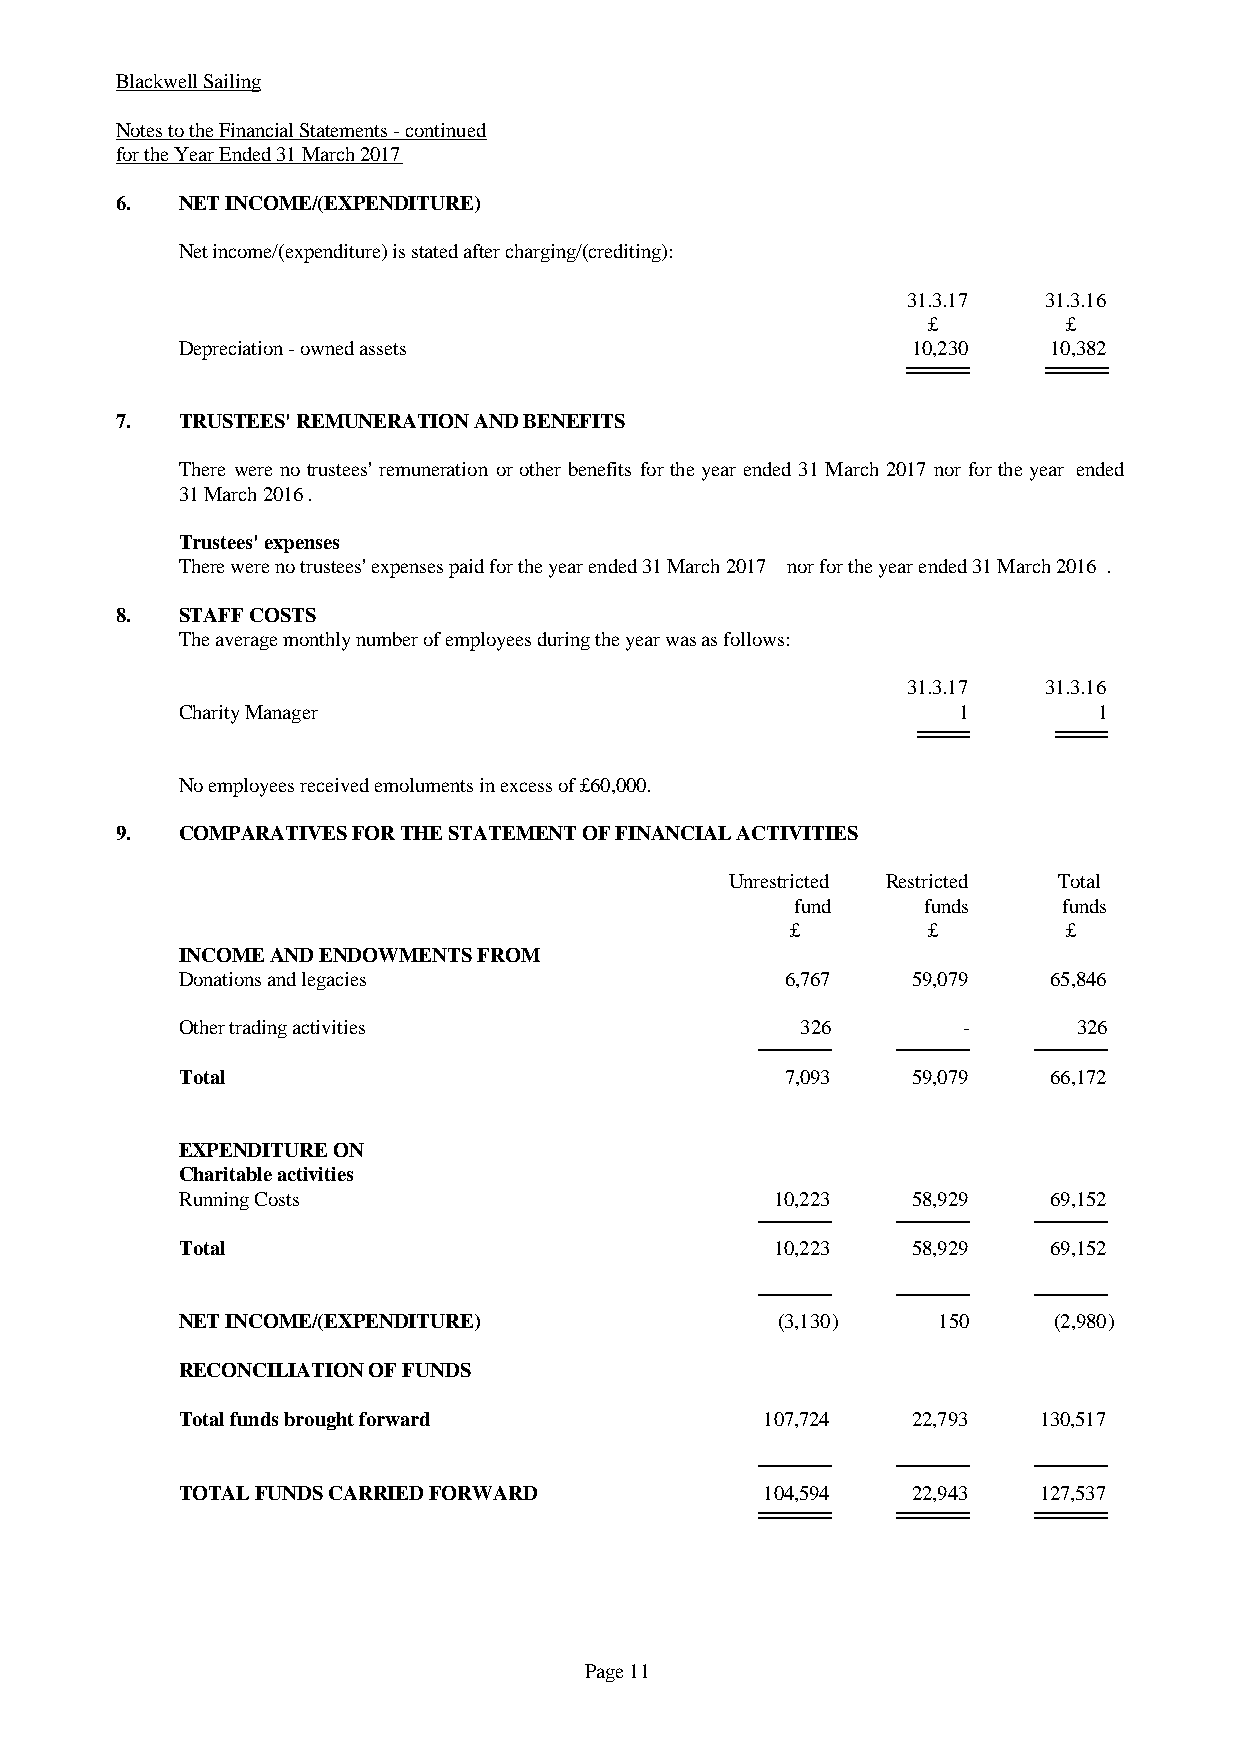
Blackwell Sailing
 Notes to the Financial Statements - continued
 for the Year Ended 31 March 2017
 6.  NET INCOME/(EXPENDITURE)
 Net income/(expenditure) is stated after charging/(crediting):
 31.3.17  31.3.16
 £         £
 Depreciation - owned assets                     10,230    10,382
 7.  TRUSTEES' REMUNERATION AND BENEFITS
 There werenotrustees'remunerationorotherbenefitsfortheyearended 31March2017 norfortheyear ended
 31 March 2016.
 Trustees' expenses
 There were no trustees' expenses paid for the year ended 31 March 2017 nor for the year ended 31 March 2016.
 8.  STAFF COSTS
 The average monthly number of employees during the year was as follows:
 31.3.17  31.3.16
 Charity Manager                                     1        1
 No employees received emoluments in excess of £60,000.
 9.  COMPARATIVES FOR THE STATEMENT OF FINANCIAL ACTIVITIES
 Unrestricted Restricted Total
 fund    funds    funds
 £        £         £
 INCOME AND ENDOWMENTS FROM
 Donations and legacies                  6,767   59,079    65,846
 Other trading activities                 326        -      326
 Total                                   7,093   59,079    66,172
 EXPENDITURE ON
 Charitable activities
 Running Costs                          10,223   58,929    69,152
 Total                                  10,223   58,929    69,152
 NET INCOME/(EXPENDITURE)               (3,130)    150     (2,980)
 RECONCILIATION OF FUNDS
 Total funds brought forward            107,724  22,793   130,517
 TOTAL FUNDS CARRIED FORWARD            104,594  22,943   127,537
 Page 11